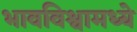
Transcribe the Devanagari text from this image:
भावविश्वामध्ये